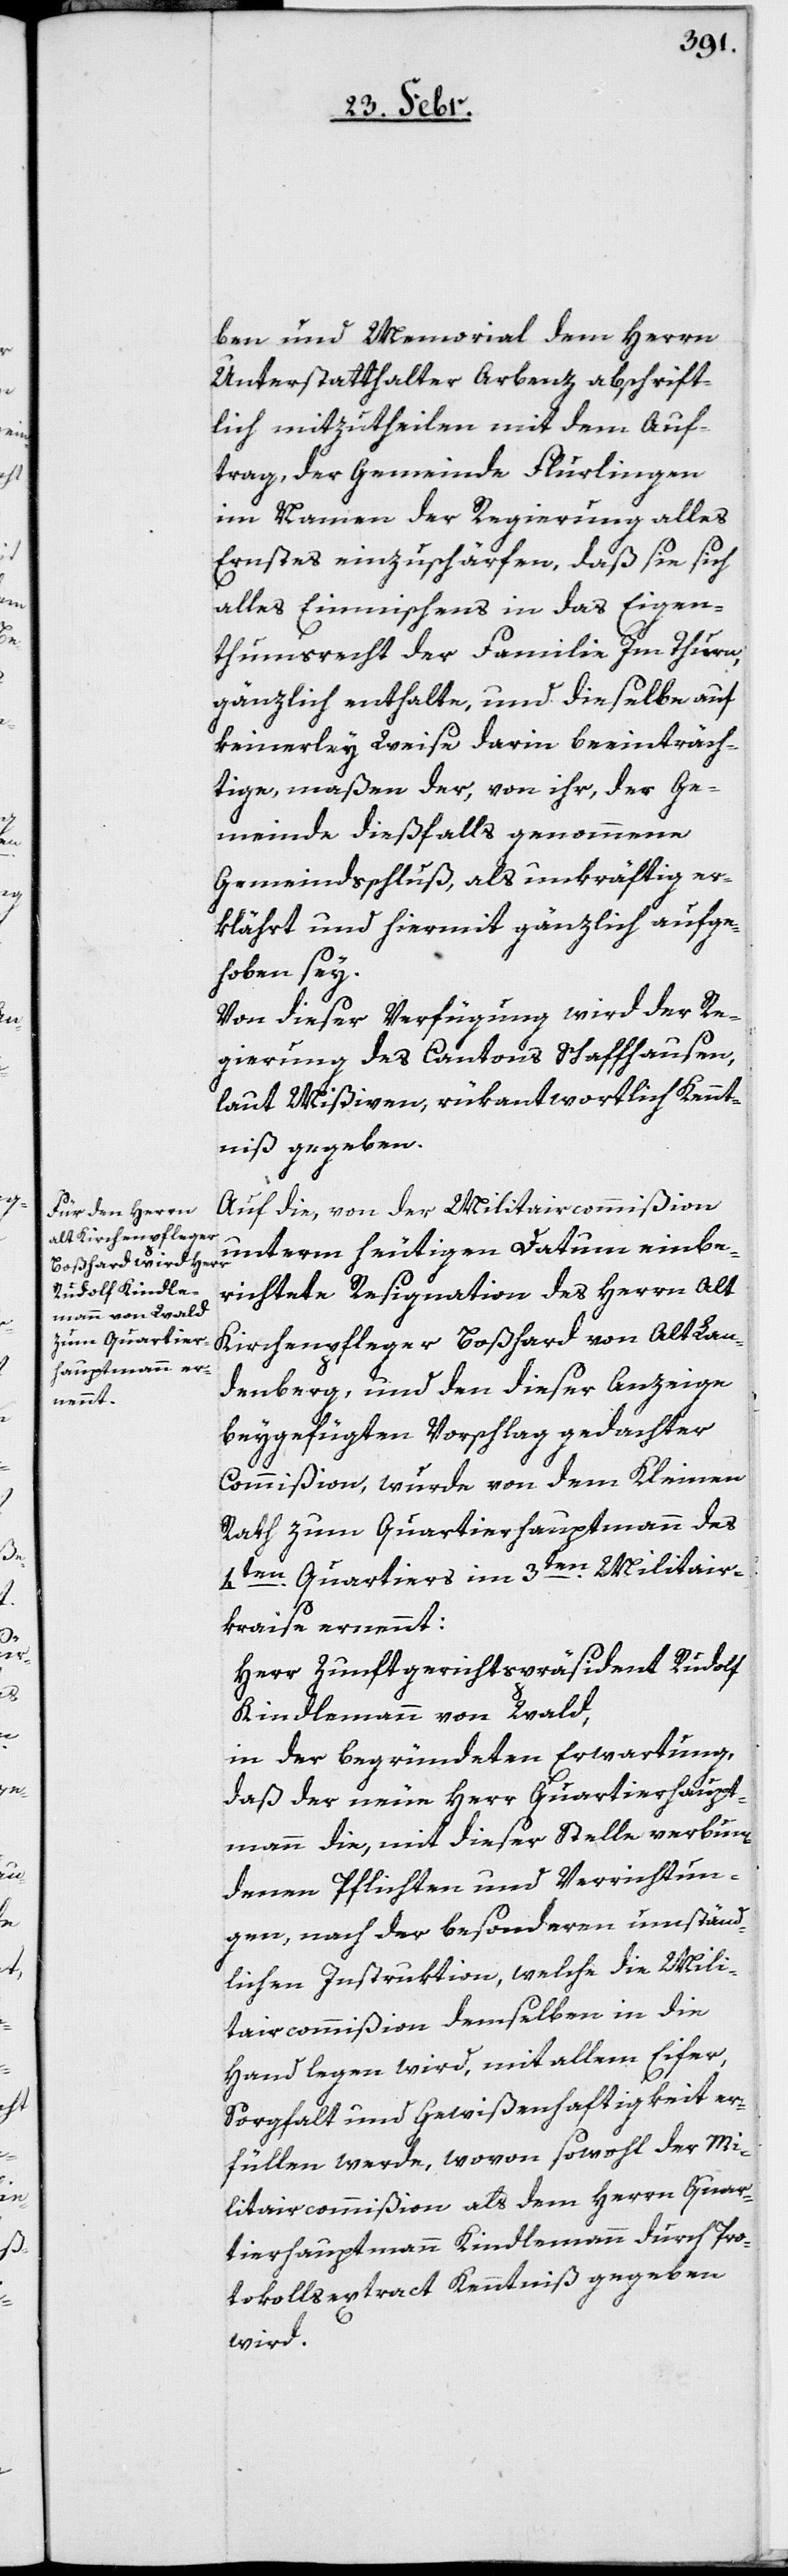
ben und Memorial dem Herrn
Unterstatthalter Arbenz abschrift¬
lich mitzutheilen mit dem Auf¬
trag, der Gemeinde Flurlingen
im Namen der Regierung alles
Ernstes einzuschärfen, daß sie sich
alles Einmischens in das Eigen¬
thumsrecht der Familie Im Thurn,
gänzlich enthalte, und dieselbe auf
keinerley Weise darin beeinträch¬
tige, maßen der, von ihr, der Ge¬
meinde dießfalls genommene
Gemeindsschluß, als unkräftig er¬
klährt und hiermit gänzlich aufge¬
hoben sey.
Von dieser Verfügung wird der Re¬
gierung des Cantons Schaffhausen,
laut Mißiven, rükantwortlich Kennt¬
niß gegeben.
Auf die, von der Militaircommißion
unterm heutigen Datum einbe¬
richtete Resignation des Herrn Alt
Kirchenpfleger Boßhard von Alt Lan¬
denberg, und den dieser Anzeige
beygefügten Vorschlag gedachter
Commißion, wurde von dem Kleinen
Rath zum Quartierhauptmann des
4ten. Quartiers im 3ten. Militair¬
kraise ernennt:
Herr Zunftgerichtspräsident Rudolf
Kindlemann von Wald,
in der begründeten Erwartung,
daß der neue Herr Quartierhaupt¬
mann die, mit dieser Stelle verbun¬
denen Pflichten und Verrichtun¬
gen, nach der besonderen umständ¬
lichen Instruktion, welche die Mili¬
taircommißion demselben in die
Hand legen wird, mit allem Eifer,
Sorgfalt und Gewißenhaftigkeit er¬
füllen werde, wovon sowohl der Mi¬
litaircommißion als dem Herrn Quar¬
tierhauptmann Kindlemann durch Pro¬
tokollsextract Kenntniß gegeben
wird.